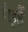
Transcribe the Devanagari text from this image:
पैइहैं